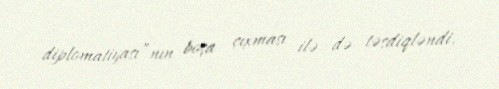
diplomatiyası”nın boşa çıxması ilə də təsdiqləndi.